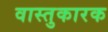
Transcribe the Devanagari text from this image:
वास्तुकारक